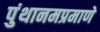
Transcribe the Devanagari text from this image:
पुंथानमप्रमाणे